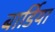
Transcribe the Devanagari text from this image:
बार्डिया